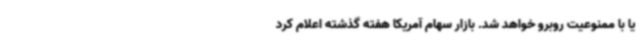
یا با ممنوعیت روبرو خواهد شد. بازار سهام آمریکا هفته گذشته اعلام کرد